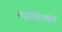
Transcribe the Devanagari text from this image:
पाइरिडिक्सीन